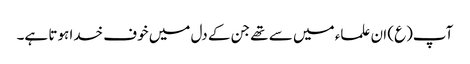
آپ(ع) ان علماء میں سے تھے جن کے دل میں خوف خدا ہوتا ہے۔